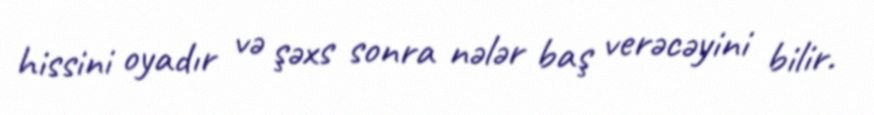
hissini oyadır və şəxs sonra nələr baş verəcəyini bilir.